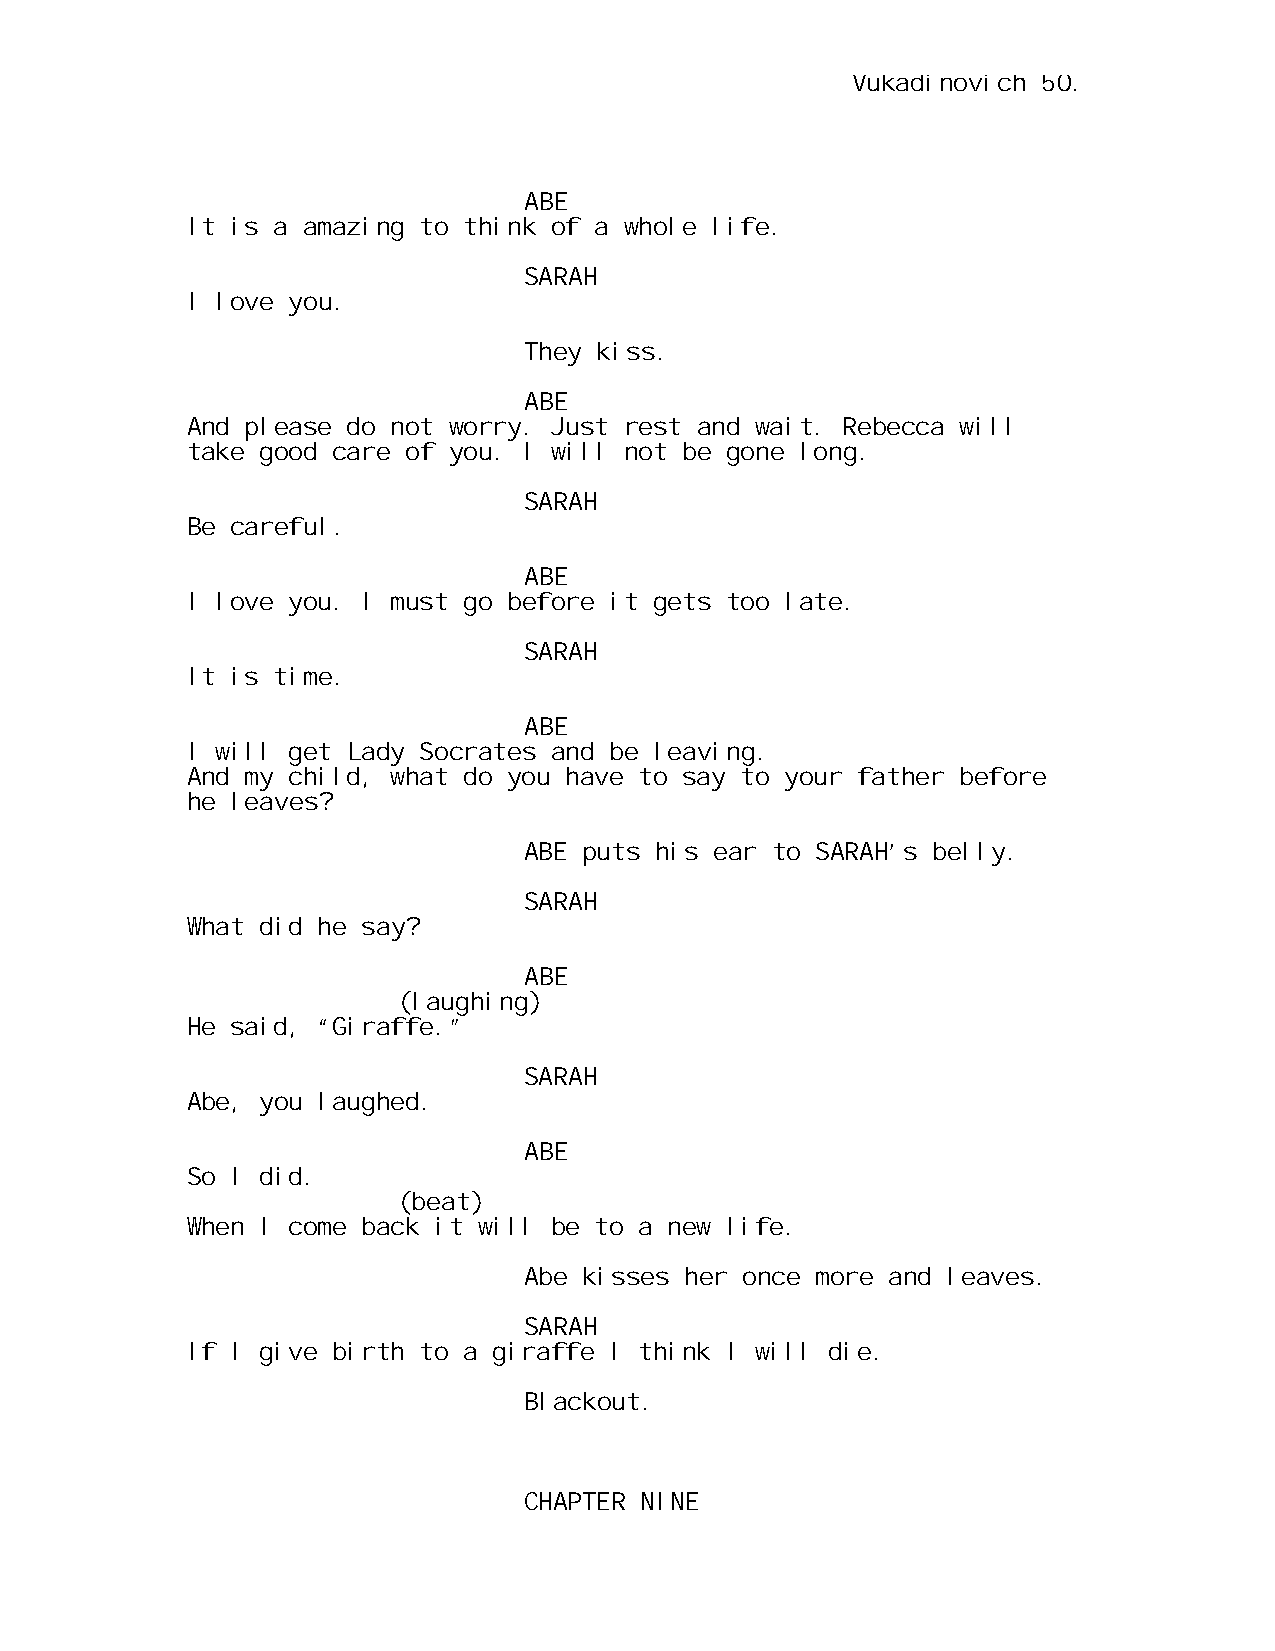
Vukadinovich 50.
 ABE
 It is a amazing to think of a whole life.
 SARAH
 I love you.
 They kiss.
 ABE
 And please do not worry. Just rest and wait. Rebecca will
 take good care of you. I will not be gone long.
 SARAH
 Be careful.
 ABE
 I love you. I must go before it gets too late.
 SARAH
 It is time.
 ABE
 I will get Lady Socrates and be leaving.
 And my child, what do you have to say to your father before
 he leaves?
 ABE puts his ear to SARAH’s belly.
 SARAH
 What did he say?
 ABE
 (laughing)
 He said, “Giraffe.”
 SARAH
 Abe, you laughed.
 ABE
 So I did.
 (beat)
 When I come back it will be to a new life.
 Abe kisses her once more and leaves.
 SARAH
 If I give birth to a giraffe I think I will die.
 Blackout.
 CHAPTER NINE